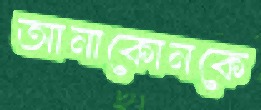
আনাকোনকে